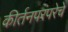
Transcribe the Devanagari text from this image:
कीर्तनपरंपरेचे